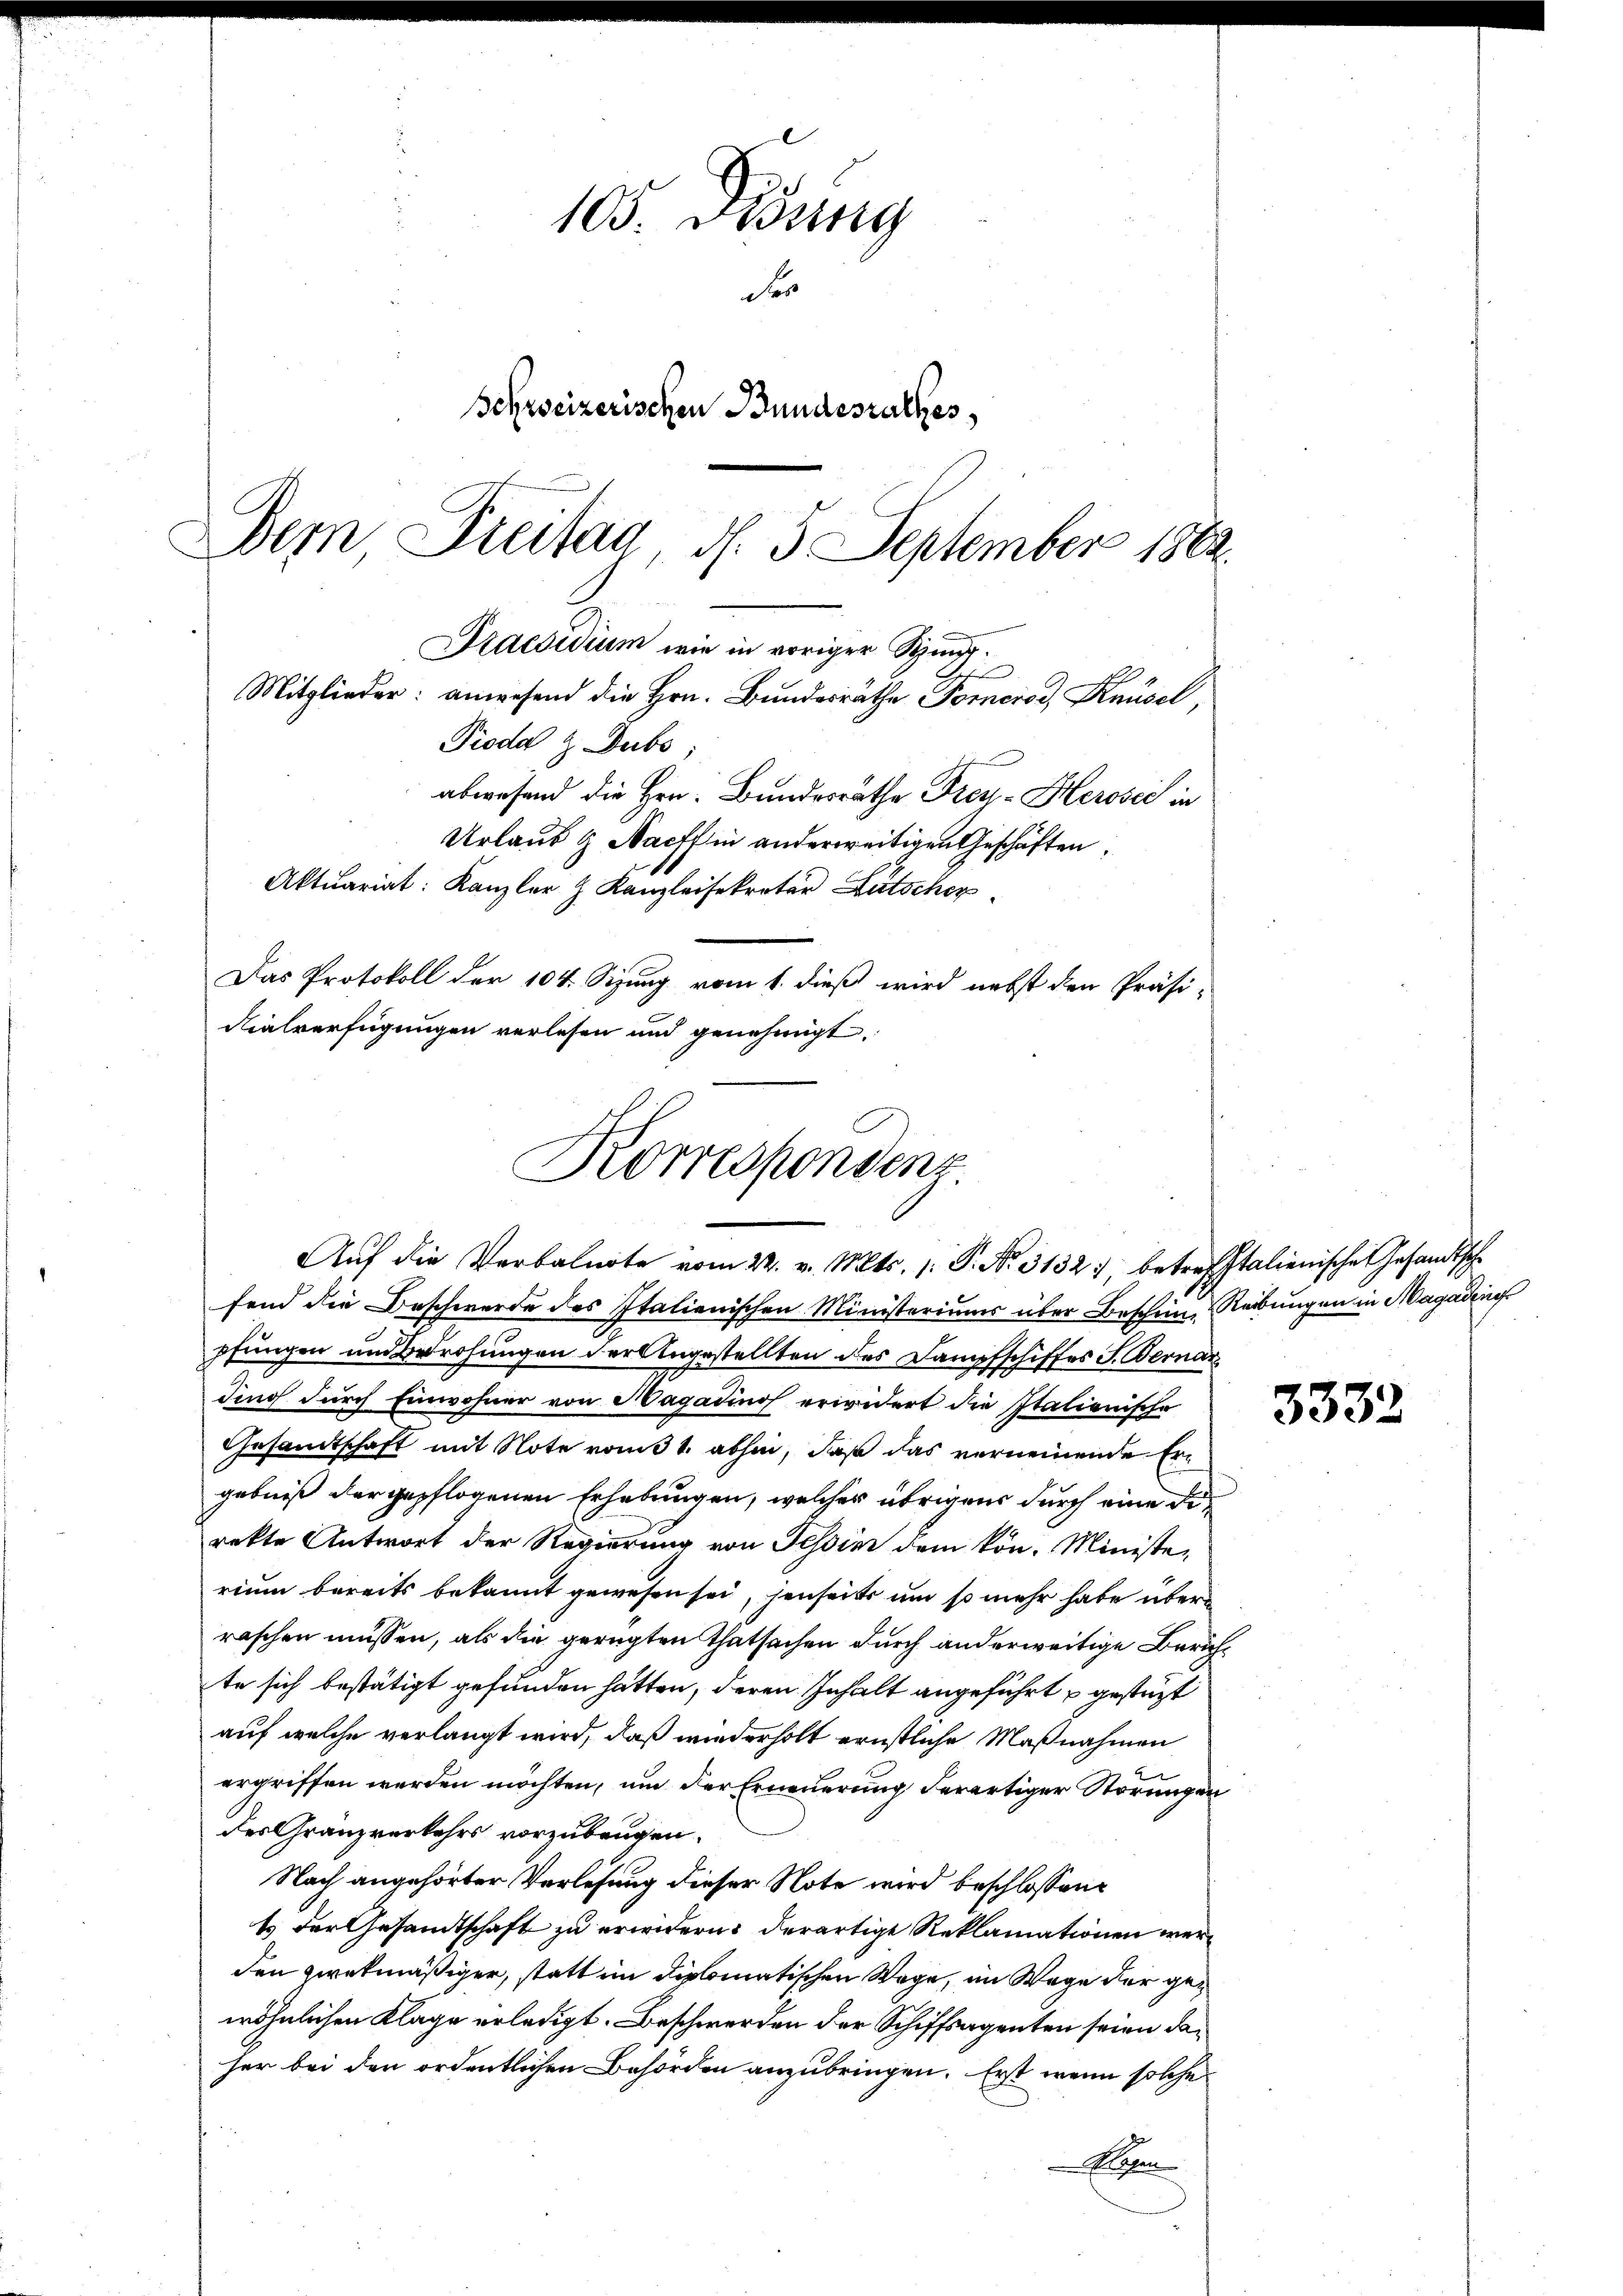
105. Diedung
Fe
Schweizerischen Bundesrathes,
Dein Treitag d. 5. September 1862.

Praesidium wie in voriger Sigr
Mitglieder: anwesend die Hrn. Bundesräthe Pomeros, Knüsel,
Pioda & Dubs,

abwesend die Hrn. Bundesrathe Frey- Herose in
Urlaub & Nachs in anderweitigen Geschäften,
Aktuariat: Kanzler h. Kanzleisekretär Lütscher
Das Protokoll der 104. Sizung vom 1. dieß wird nebst den Präsi-
dialverfügungen verlesen und genehmigt.

Korrespondenz.
Auf die Verbalnote vom 22. v. Mts. 1. P. Nr. 3132), betreffstalienische Gesandtsche

fend die Beschwerde des Italienischen Ministeriums über Beschein Reibungen in Magading
pfungen und Brohungen der Angestellten des Dampfschiffes J. Bernar
ding durch Einwohner von Hagadinos erwidert die Italianische
Gesamtschaft mit Note vom 31. abhin, daß das verneinende Ergebniß der gepflogenen Erhebungen, welcher übrigens durch eine di
rekte Antwort der Regierung von Tessin dem kön. Ministerium bereits bekannt gewesen sei, jenseits um so mehr habe über
raschen müssen, als die gerügten Thatsachen durch anderweitige Zürichte sich bestätigt gefunden hätten, deren Inhalt angeführt gesteht
auf welche verlangt wird, daß wiederholt ernstliche Maßnahmen
ergriffen werden möchten, um der Erneuerung derartiger Störungen
des Gränzverkehrs vorzubeugen.
Nach angehörter Verlesung dieser Note wird beschlossene
ts der Gesandtschaft zu erwidern: derartige Reklamationen werden zwekmäßiger, statt im diplomatischen Wege, im Wege der gewöhnlichen Klage erledigt. Beschwerden der Schiffsagenten seien daher bei den ordentlichen Behörden anzubringen. Erst wenn solche
Plagen

3332